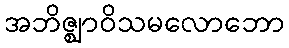
အဘိဇ္ဈာဝိသမလောဘော